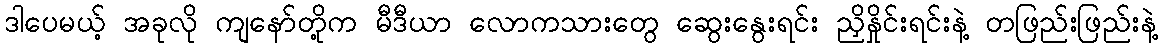
ဒါပေမယ့် အခုလို ကျနော်တို့က မီဒီယာ လောကသားတွေ ဆွေးနွေးရင်း ညှိနှိုင်းရင်းနဲ့ တဖြည်းဖြည်းနဲ့